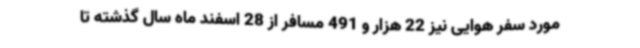
مورد سفر هوایی نیز 22 هزار و 491 مسافر از 28 اسفند ماه سال گذشته تا